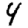
Digit: 4